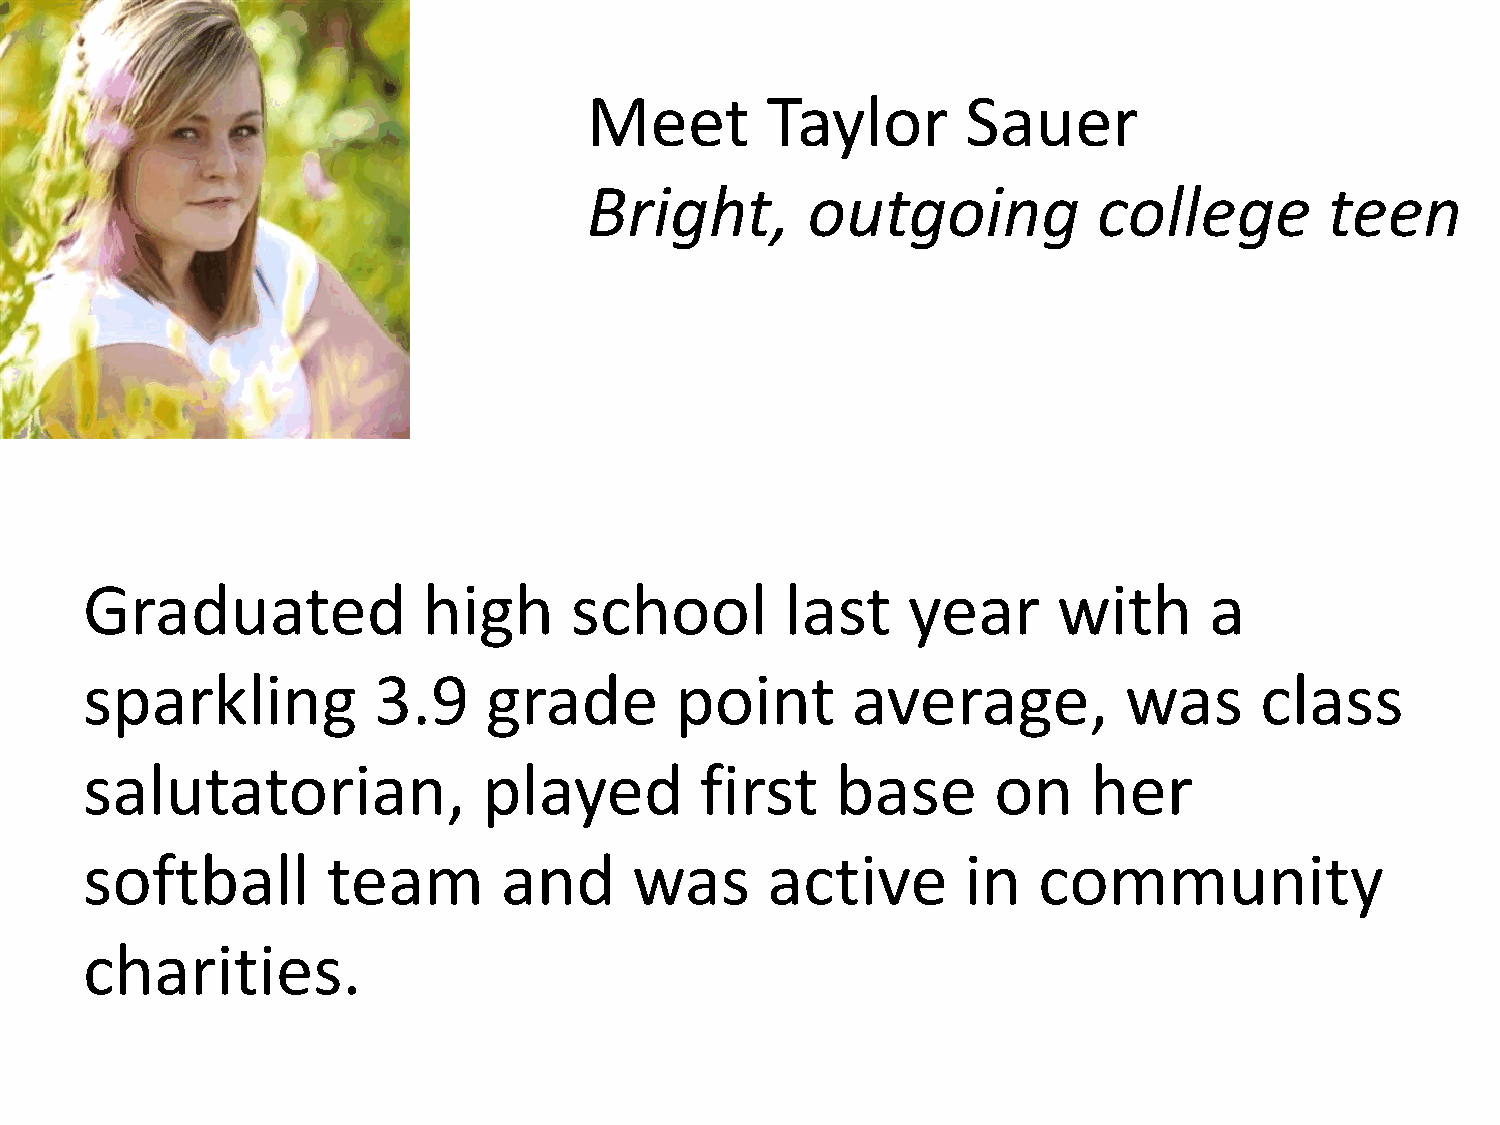
Meet        Taylor       Sauer
 Bright,       outgoing            college        teen
 Graduated              high      school        last    year      with      a
 sparkling           3.9    grade        point      average,          was      class
 salutatorian,              played        first    base       on    her
 softball         team       and      was      active       in   community
 charities.